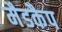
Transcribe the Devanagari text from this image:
मैडकैप